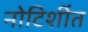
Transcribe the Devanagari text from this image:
नोटिशींत